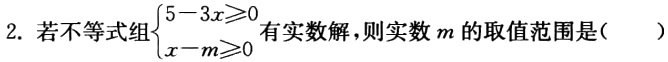
2. 若不等式组\(\begin{cases}5 - 3x\geqslant0 \\

x - m\geqslant0\end{cases}\)有实数解，则实数\(m\)的取值范围是（  ）